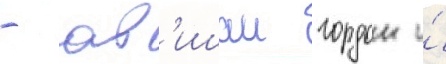
- ав'ишаи гордон и́